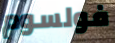
فولسوم